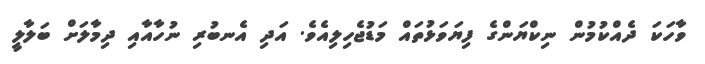
ވާހަކަ ދެއްކުމުން ނިކްޔަންގެ ފިޔަވަޅުތައް މަޑުޖެހިލިއެވެ. އަދި އެނބުރި ނުހާއާއި ދިމާލަށް ބަލާލީ